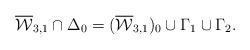
LaTeX: \begin{align*}\overline{\mathcal{W}}_{3,1}\cap\Delta_0 = (\overline{\mathcal{W}}_{3,1})_0 \cup \Gamma_1 \cup \Gamma_2.\end{align*}